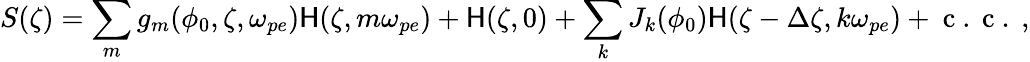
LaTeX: S(\zeta)=\sum_{m}g_{m}(\phi_{0},\zeta,\omega_{pe})\mathsf{H}(\zeta,m\omega_{pe})+\mathsf{H}(\zeta,0)+\sum_{k}J_{k}(\phi_{0})\mathsf{H}(\zeta-\Delta\zeta,k\omega_{pe})+\mathrm{{~c~.~c~.~}},